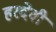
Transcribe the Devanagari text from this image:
हरदेवी